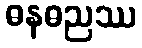
ဓနဓညဿ